Problem: 5 + 4 = ?
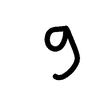
Handwritten answer: 9